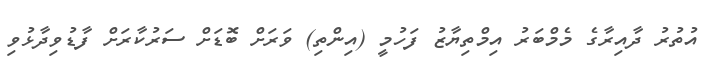
އުތުރު ދާއިރާގެ މެމްބަރު އިމްތިޔާޒު ފަހުމީ (އިންތި) ވަރަށް ބޮޑަށް ސަރުކާރަށް ފާޑުވިދާޅުވި